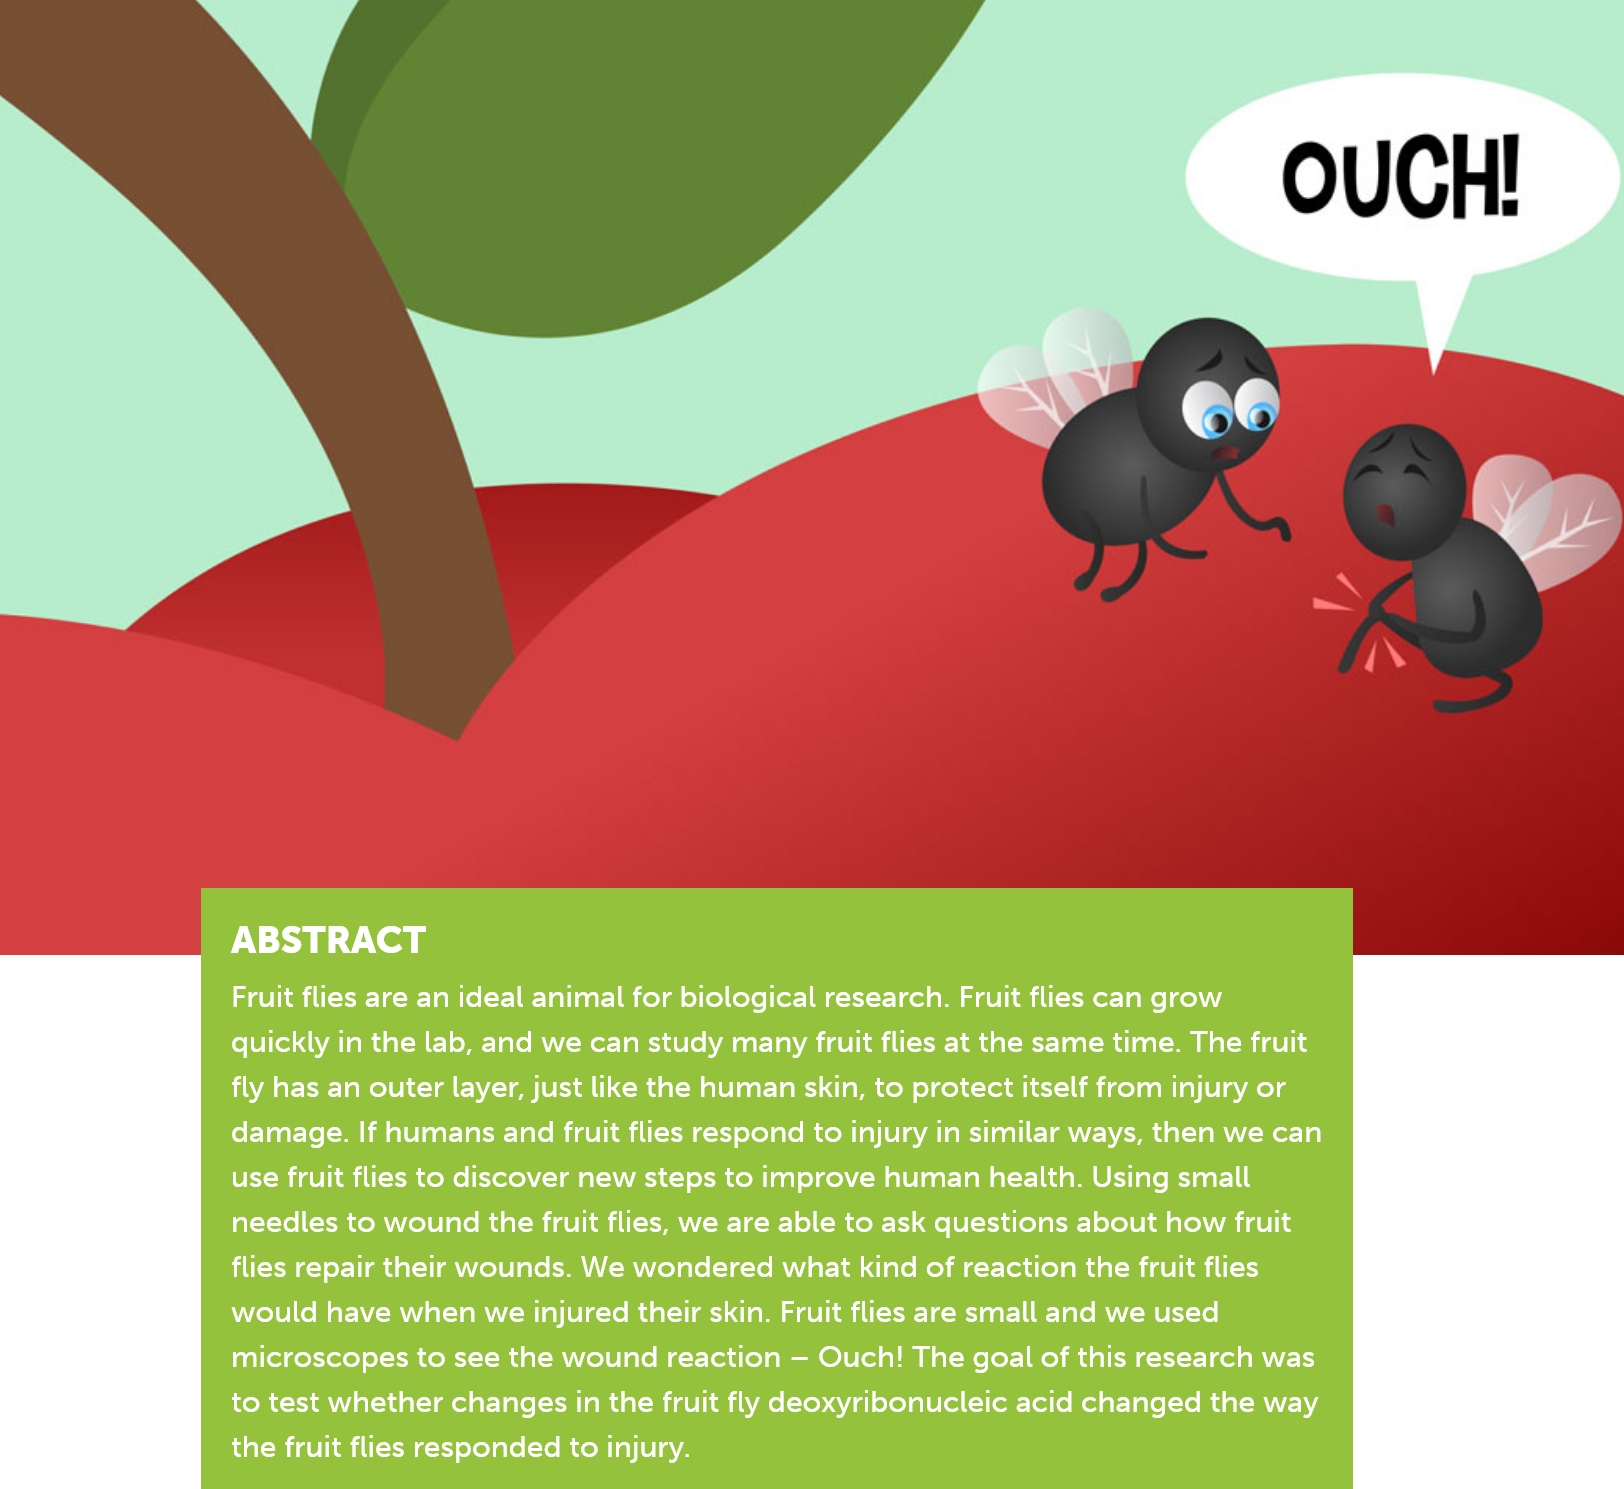
ABSTRACT
     Fruit flies are an ideal animal for biological research. Fruit flies can grow
     quickly in the lab, and we can study many fruit flies at the same time. The fruit
     fly has an outer layer, just like the human skin, to protect itself from injury or
     damage. If humans and fruit flies respond to injury in similar ways, then we can
     use fruit flies to discover new steps to improve human health. Using small
     needles to wound the fruit flies, we are able to ask questions about how fruit
     flies repair their wounds. We wondered what kind of reaction the fruit flies
     would have when we injured their skin. Fruit flies are small and we used
     microscopes to see the wound reaction
     —
     Ouch! The goal of this research was
     to test whether changes in the fruit fly deoxyribonucleic acid changed the way
     the fruit flies responded to injury.